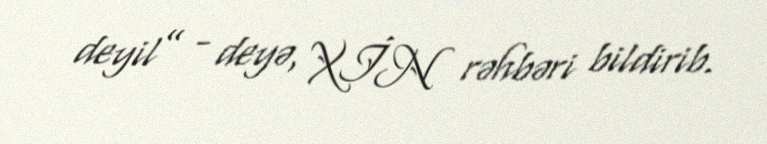
deyil” - deyə, XİN rəhbəri bildirib.